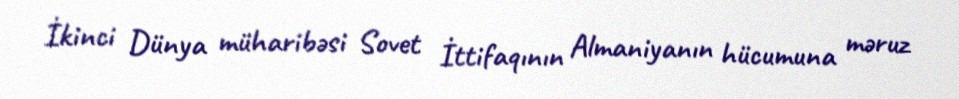
İkinci Dünya müharibəsi Sovet İttifaqının Almaniyanın hücumuna məruz